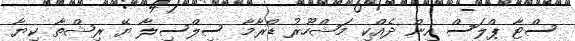
ސްޓާ ޕްލަސް އިން ދެއްކި މަޝްހޫރު ޑްރާމާ ސިލްސިލާ ޔޭ ރިޝްތާ ކިޔާ